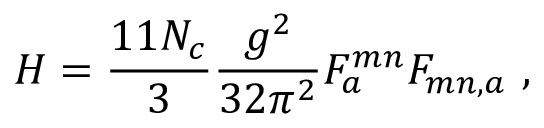
H = \frac { 1 1 N _ { c } } { 3 } \frac { g ^ { 2 } } { 3 2 \pi ^ { 2 } } F _ { a } ^ { m n } F _ { m n , a } \ ,